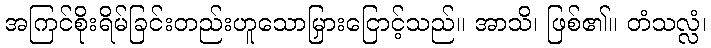
အကြင်စိုးရိမ်ခြင်းတည်းဟူသောမြှားငြောင့်သည်။ အာသိ၊ ဖြစ်၏။ တံသလ္လံ၊